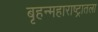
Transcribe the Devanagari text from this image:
बृहन्महाराष्ट्रातला